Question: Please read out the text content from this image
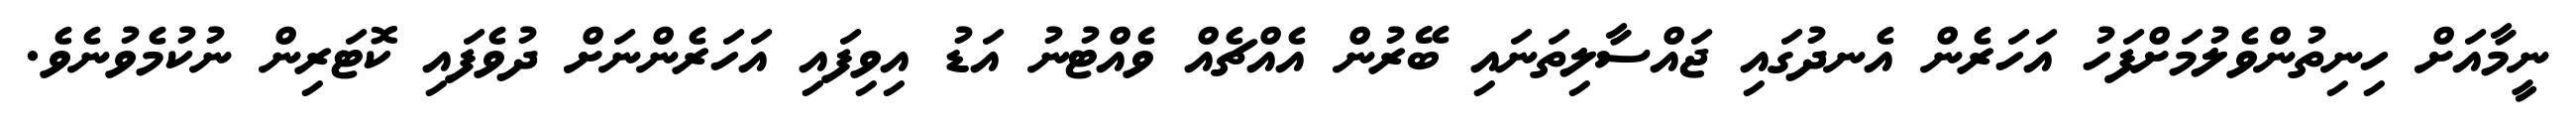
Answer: ނީމާއަށް ހިނިތުންވެލުމަށްފަހު އަހަރެން އެނދުގައި ޖައްސާލިތަނައި ބޭރުން އެއްޗެއް ވެއްޓުނު އަޑު އިވިފައި އަހަރެންނަށް ދުވެފައި ކޮޓަރިން ނުކުމެވުނެވެ.